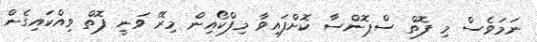
ނަމަވެސް މި ފޮތް ސްޕޮންސާ ކޮށްފައިވާ މިފްކޯއިން މިރޭ ވަނީ ފޮތް ވިއްކައިގެން